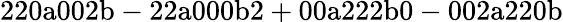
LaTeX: \mathrm{220a002b-22a000b2+00a222b0-002a220b}